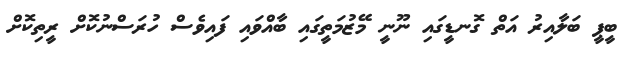
ބީޕީ ބަލާއިރު އަތް ގޮނޑީގައި ނޫނީ މޭޒުމަތީގައި ބާއްވައި ފައިވެސް ހުރަސްނުކޮށް ރީތިކޮށް